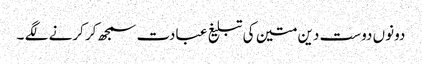
دونوں دوست دین متین کی تبلیغ عبادت سمجھ کر کرنے لگے ۔